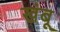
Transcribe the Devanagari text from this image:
खंबू